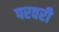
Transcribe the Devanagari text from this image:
परवरी